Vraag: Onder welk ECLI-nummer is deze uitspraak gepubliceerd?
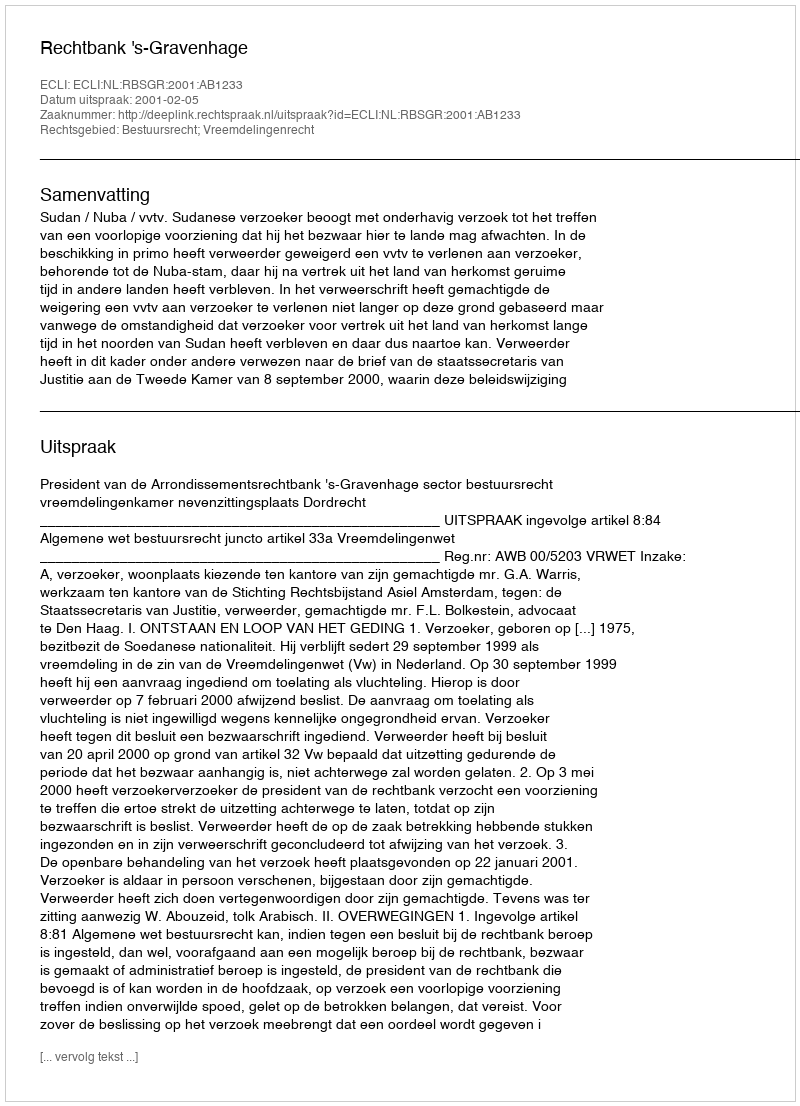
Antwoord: ECLI:NL:RBSGR:2001:AB1233